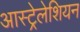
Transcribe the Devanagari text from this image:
आस्ट्रेलेशियन